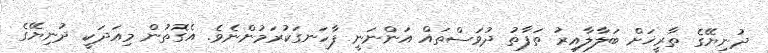
ދުނިޔޭގެ ތާރީޚަށް ބަލާލާއިރު ތަފާތު ދުވަސްތައް އަންނަނީ ފާހަނގަކުރަމުންނެވެ. އެގޮތުން މިއަދަކީ ދުނިޔޭގެ